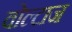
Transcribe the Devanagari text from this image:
वोल्टाज